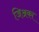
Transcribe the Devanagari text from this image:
जिअका